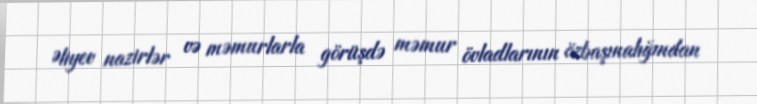
Əliyev nazirlər və məmurlarla görüşdə məmur övladlarının özbaşınalığından